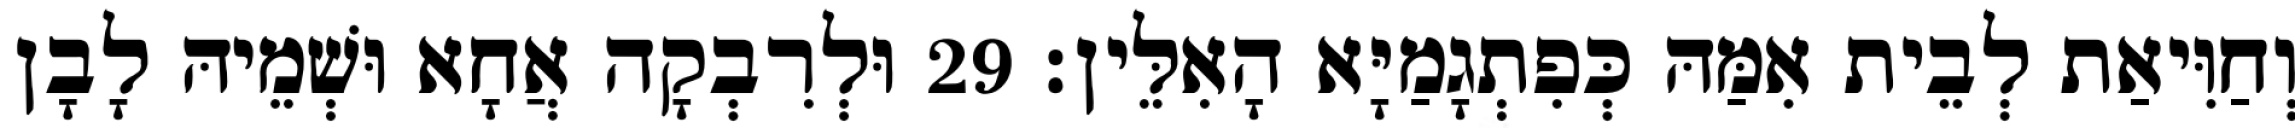
וְחַוִּיאַת לְבֵית אִמַּהּ כְּפִתְגָמַיָּא הָאִלֵּין׃ 29 וּלְרִבְקָה אֲחָא וּשְׁמֵיהּ לָבָן